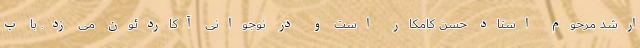
ارشد مرحوم استاد حسن کامکار است و در نوجوانی آکاردئون می زد. با ب